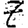
Digit: 7